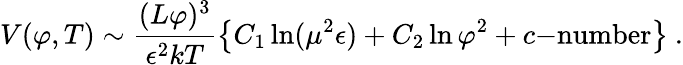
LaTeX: V(\varphi,T)\sim\frac{(L\varphi)^{3}}{\epsilon^{2}kT}\left\{ C_{1}\ln(\mu^{2}\epsilon)+C_{2}\ln\varphi^{2}+c\mathrm{-number}\right\} \ .